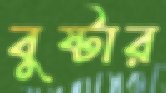
বুষ্টার